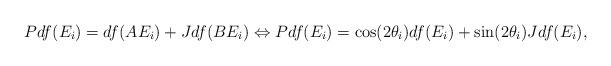
LaTeX: \begin{align*}Pdf(E_i)=df(AE_i)+Jdf(BE_i) \Leftrightarrow Pdf(E_i)=\cos(2\theta_i) df(E_i)+\sin(2\theta_i)Jdf(E_i),\end{align*}